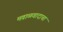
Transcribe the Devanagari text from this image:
मवाळवादाचा